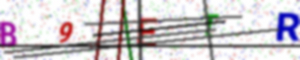
Text: B9ETR